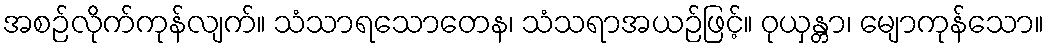
အစဉ်လိုက်ကုန်လျက်။ သံသာရသောတေန၊ သံသရာအယဉ်ဖြင့်။ ဝုယှန္တာ၊ မျောကုန်သော။